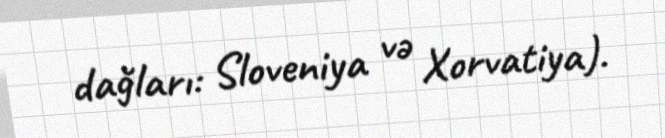
dağları: Sloveniya və Xorvatiya).